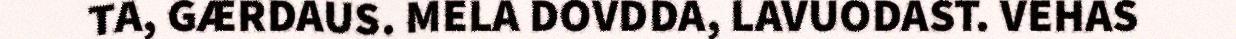
TA, GÆRDAUS. MELA DOVDDA, LAVUODAST. VEHAS